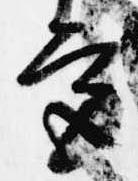
宮